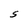
Character: S